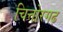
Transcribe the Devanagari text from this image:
चित्तोरगढ़